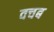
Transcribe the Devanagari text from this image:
वचब